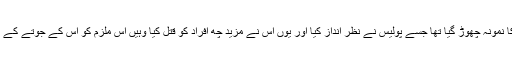
جہاں زینب کا قاتل اپنے پہلے قتل کے بعد جوتے کا نمونہ چھوڑ گیا تھا جسے پولیس نے نظر انداز کیا اور یوں اس نے مزید چھ افراد کو قتل کیا وہیں اس ملزم کو اس کے جوتے کے نمونے کی بنیاد پر پولیس پکڑنے میں کامیاب رہی۔